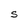
Character: S